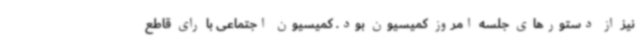
نیز از دستورهای جلسه امروز کمیسیون بود. کمیسیون اجتماعی با رای قاطع